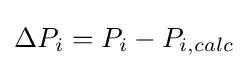
\Delta P_{i}=P_{i}-P_{i,calc}